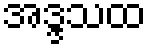
အဒ္ဒသထ